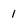
Character: 1